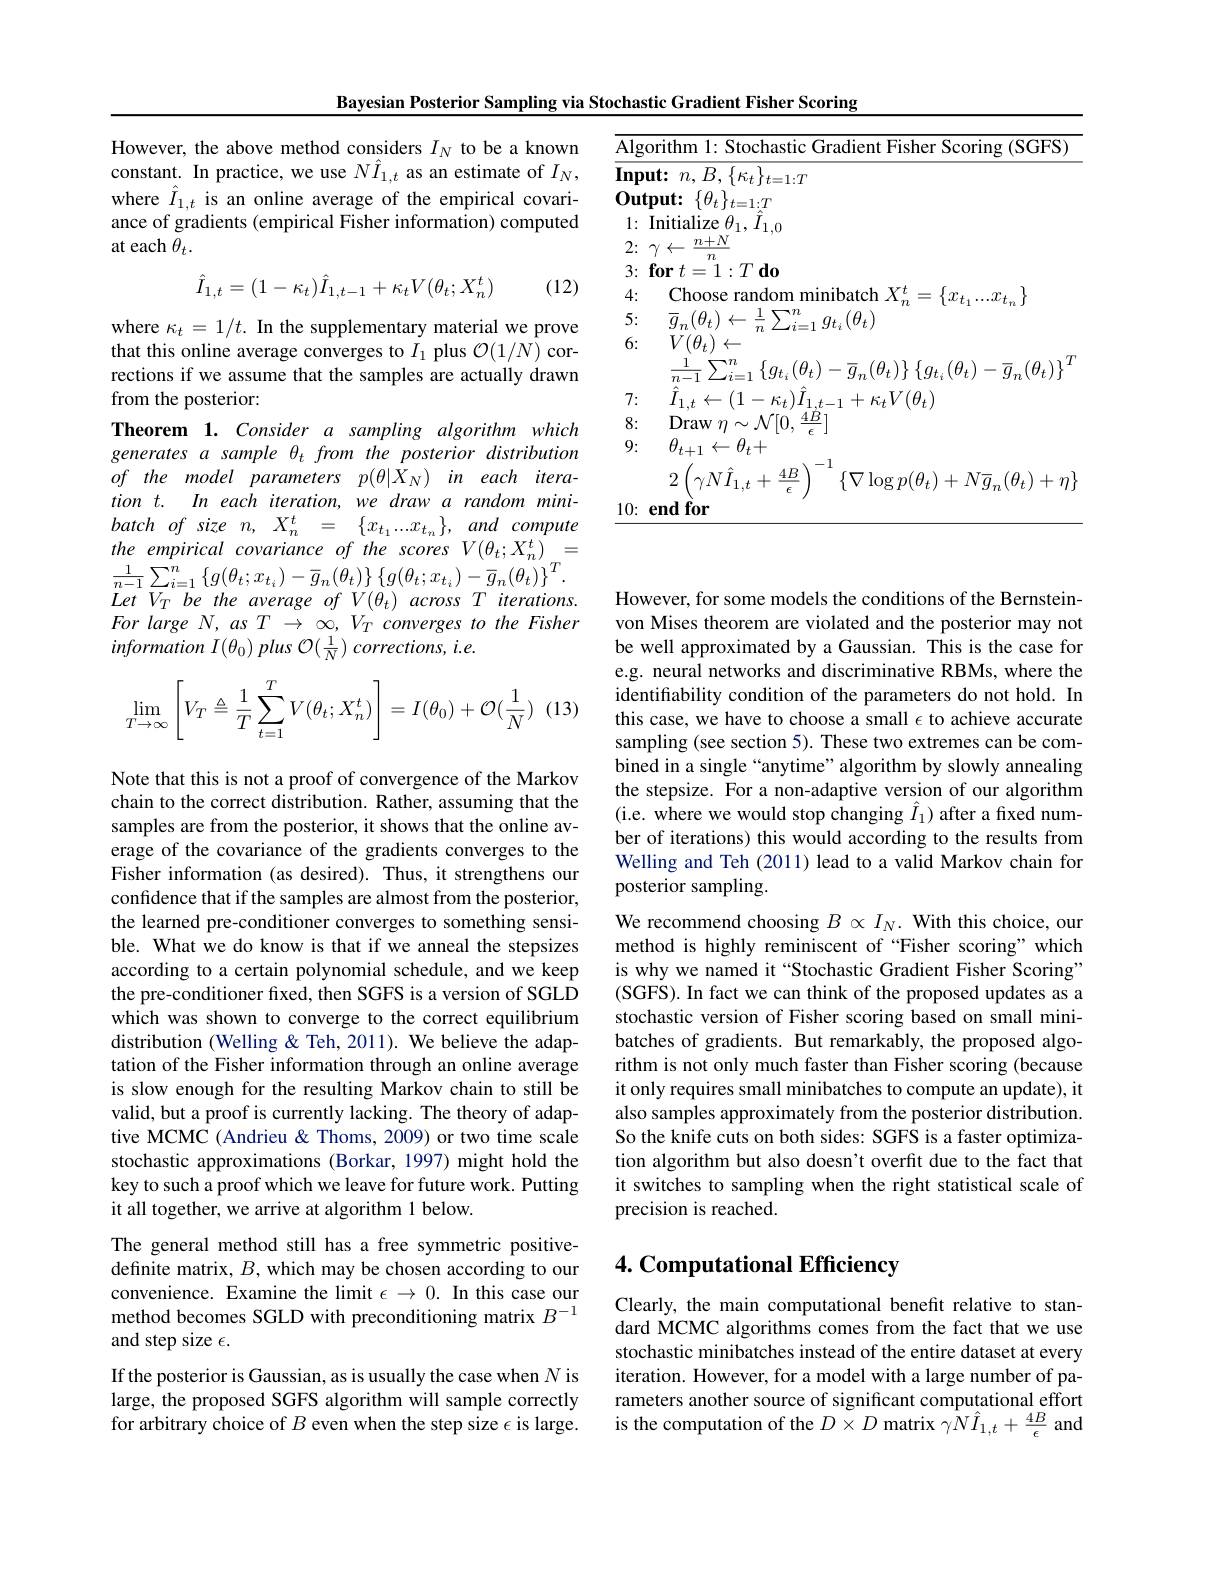
However, the above method considers $I_N$ to be a known constant. In practice, we use $N\hat{I}_{1,t}$ as an estimate of $I_N$, where $\hat{I}_{1,t}$ is an online average of the empirical covariance of gradients (empirical Fisher information) computed at each $\theta_t.$
$$\hat{I}_{1,t}=(1-\kappa_t)\hat{I}_{1,t-1}+\kappa_tV(\theta_t;X_n^t)$$
(12)

where $\kappa_t=1/t.$ In the supplementary material we prove that this online average converges to $I_1$ plus $\mathcal{O}(1/N)$ corrections if we assume that the samples are actually drawn from the posterior:
Theorem 1. Consider a sampling algorithm which generates a sample $\theta_t$ from the posterior distribution $of$ the model parameters $p( \theta | X_N)$ $in$ each $itera-$ tion t. In each iteration, we draw a random minibatch $of$ size $n$, $X_{n}^{t}$ = $\{ x_{t_{1}}\ldots x_{t_{n}}\} $, and compute the empirical covariance of the scores V(θt;X' n' $\frac{1}{n-1}\sum_{i=1}^{n}\left\{g(\theta_{t};x_{t_{i}})-\bar{g}_{n}(\theta_{t})\right\}\left\{g(\theta_{t};x_{t_{i}})-\bar{g}_{n}(\theta_{t})\right\}^{T}.$ $LetV_{T}$ be the average of $V(\theta_{t})$ across $T$ iterations. For large $N,asT\to\infty,V_{T}$ converges to the Fisher $information~I(\theta_{0})~plus~\mathcal{O}(\frac{1}{N})~corrections,~i.e.$
$$\lim\limits_{T\to\infty}\left[V_T\triangleq\frac{1}{T}\sum\limits_{t=1}^TV(\theta_t;X_n^t)\right]=I(\theta_0)+\mathcal{O}(\frac{1}{N})$$
Note that this is not a proof of convergence of the Markov chain to the correct distribution. Rather, assuming that the samples are from the posterior, it shows that the online average of the covariance of the gradients converges to the Fisher information (as desired). Thus, it strengthens our confidence that if the samples are almost from the posterior, the learned pre-conditioner converges to something sensible. What we do know is that if we anneal the stepsizes according to a certain polynomial schedule, and we keep the pre-conditioner fixed, then SGFS is a version of SGLD which was shown to converge to the correct equilibrium distribution (Welling & Teh, 2011). We believe the adaptation of the Fisher information through an online average is slow enough for the resulting Markov chain to still be valid, but a proof is currently lacking. The theory of adaptive MCMC (Andrieu& Thoms, 2009) or two time scale stochastic approximations (Borkar, 1997) might hold the key to such a proof which we leave for future work. Putting it all together, we arrive at algorithm 1 below.
The general method still has a free symmetric positivedefinite matrix, $B$, which may be chosen according to our convenience. Examine the limit $\epsilon\to0.$ In this case our method becomes SGLD with preconditioning matrix $B^{-1}$ and step size $\epsilon.$
If the posterior is Gaussian, as is usually the case when $N$ is large, the proposed SGFS algorithm will sample correctly for arbitrary choice of $B$ even when the step size $\epsilon$ is large.

Bayesian Posterior Sampling via Stochastic Gradient Fisher Scoring
<table>
	<tbody>
		<tr>
			<th>$\overline{\mathrm{Algc}}$</th>
			<th>rithm Sto $1\cdot$ ( SCHS) </th>
		</tr>
		<tr>
			<td>$\overline{\mathbf{Inpu}}$</td>
			<td>$\mathbf{ut: }$ $n$, $B$, $\{ \kappa _{t}\} _{t= 1: T}$</td>
		</tr>
		<tr>
			<td>1:</td>
			<td>${\mathrm{Initialize~}\theta_{1},\hat{I}_{1,0}}$ $n+N$</td>
		</tr>
		<tr>
			<td>3:</td>
			<td>$\breve{\mathbf{or}}t$ $=1:T$ $d_0$</td>
		</tr>
		<tr>
			<td>4:</td>
			<td>$\operatorname{Choos}$ $Xt$</td>
		</tr>
		<tr>
			<td>5:</td>
			<td>1 .77 $\overline{a}\left(\theta_{t}\right.$</td>
		</tr>
		<tr>
			<td>6:</td>
			<td>$V(\theta_t)\leftarrow$ $\{g_{t}(\theta_{t})-\bar{g}_{r}(\theta_{t})\}\left\{q_{t},(\theta_{t})-\bar{g}_{r}(\theta_{t})\right\}$</td>
		</tr>
		<tr>
			<td>7:</td>
			<td>${}_{1.t-1}+\kappa_{t}V(\theta_{t})$ $i_{1.t}\leftarrow(1-\kappa_{t})\ddot{I}_{1..t}$</td>
		</tr>
		<tr>
			<td>8:</td>
			<td>$\mathbf{Draw}$ $N[0.$ $\underline{4B}[$</td>
		</tr>
		<tr>
			<td>9:</td>
			<td>$\theta_{t+1}\leftarrow\theta_{t}+$ $4B$ $q_{\cdot})+N\overline{a}$</td>
		</tr>
		<tr>
			<td>10: 1</td>
			<td>$\mathbf{endfor}$</td>
		</tr>
	</tbody>
</table>

However, for some models the conditions of the Bernsteinvon Mises theorem are violated and the posterior may not be well approximated by a Gaussian. This is the case for e.g. neural networks and discriminative RBMs, where the identifiability condition of the parameters do not hold. In this case, we have to choose a small $\epsilon$ to achieve accurate sampling (see section 5). These two extremes can be combined in a single “anytime” algorithm by slowly annealing the stepsize. For a non-adaptive version of our algorithm (i.e. where we would stop changing $\hat{I}_1)$ after a fixed number of iterations) this would according to the results from Welling and Teh (2011) lead to a valid Markov chain for posterior sampling.
We recommend choosing $B\propto I_N.$ With this choice, our method is highly reminiscent of “Fisher scoring”which is why we named it “Stochastic Gradient Fisher Scoring’ (SGFS). In fact we can think of the proposed updates as a stochastic version of Fisher scoring based on small minibatches of gradients. But remarkably, the proposed algorithm is not only much faster than Fisher scoring (because it only requires small minibatches to compute an update), it also samples approximately from the posterior distribution. So the knife cuts on both sides: SGFS is a faster optimization algorithm but also doesn't overfit due to the fact that it switches to sampling when the right statistical scale of precision is reached.

# 4. Computational Efficiency

Clearly, the main computational benefit relative to standard MCMC algorithms comes from the fact that we use stochastic minibatches instead of the entire dataset at every iteration. However, for a model with a large number of parameters another source of significant computational effort is the computation of the $D\times D$ matrix $\gamma N\hat{I}_{1,t}+\frac{4B}\epsilon$ and